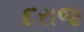
દરાજ